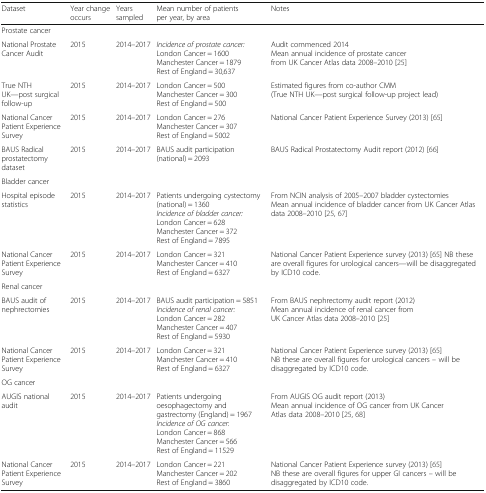
<table><thead><tr><td><b>Dataset</b></td><td><b>Year change occurs</b></td><td><b>Years sampled</b></td><td><b>Mean number of patients per year, by area</b></td><td><b>Notes</b></td></tr></thead><tbody><tr><td colspan="5">Prostate cancer</td></tr><tr><td>National Prostate Cancer Audit</td><td>2015</td><td>2014–2017</td><td><i>Incidence of prostate cancer:</i>London Cancer = 1600Manchester Cancer = 1879Rest of England = 30,637</td><td>Audit commenced 2014Mean annual incidence of prostate cancer from UK Cancer Atlas data 2008–2010 [25]</td></tr><tr><td>True NTH UK—post surgical follow-up</td><td>2015</td><td>2014–2017</td><td>London Cancer = 500Manchester Cancer = 300Rest of England = 500</td><td>Estimated figures from co-author CMM (True NTH UK—post surgical follow-up project lead)</td></tr><tr><td>National Cancer Patient Experience Survey</td><td>2015</td><td>2014–2017</td><td>London Cancer = 276Manchester Cancer = 307Rest of England = 5002</td><td>National Cancer Patient Experience Survey (2013) [65]</td></tr><tr><td>BAUS Radical prostatectomy dataset</td><td>2015</td><td>2014–2017</td><td>BAUS audit participation (national) = 2093</td><td>BAUS Radical Prostatectomy Audit report (2012) [66]</td></tr><tr><td colspan="5">Bladder cancer</td></tr><tr><td>Hospital episode statistics</td><td>2015</td><td>2014–2017</td><td>Patients undergoing cystectomy (national) = 1360<i>Incidence of bladder cancer:</i>London Cancer = 628Manchester Cancer = 372Rest of England = 7895</td><td>From NCIN analysis of 2005–2007 bladder cystectomiesMean annual incidence of bladder cancer from UK Cancer Atlas data 2008–2010 [25, 67]</td></tr><tr><td>National Cancer Patient Experience Survey</td><td>2015</td><td>2014–2017</td><td>London Cancer = 321Manchester Cancer = 410Rest of England = 6327</td><td>National Cancer Patient Experience survey (2013) [65] NB these are overall figures for urological cancers—will be disaggregated by ICD10 code.</td></tr><tr><td colspan="5">Renal cancer</td></tr><tr><td>BAUS audit of nephrectomies</td><td>2015</td><td>2014–2017</td><td>BAUS audit participation = 5851<i>Incidence of renal cancer:</i>London Cancer = 282Manchester Cancer = 407Rest of England = 5930</td><td>From BAUS nephrectomy audit report (2012)Mean annual incidence of renal cancer from UK Cancer Atlas data 2008–2010 [25]</td></tr><tr><td>National Cancer Patient Experience Survey</td><td>2015</td><td>2014–2017</td><td>London Cancer = 321Manchester Cancer = 410Rest of England = 6327</td><td>National Cancer Patient Experience survey (2013) [65]NB these are overall figures for urological cancers – will be disaggregated by ICD10 code.</td></tr><tr><td colspan="5">OG cancer</td></tr><tr><td>AUGIS national audit</td><td>2015</td><td>2014–2017</td><td>Patients undergoing oesophagectomy and gastrectomy (England) = 1967<i>Incidence of OG cancer</i>:London Cancer = 868Manchester Cancer = 566Rest of England = 11529</td><td>From AUGIS OG audit report (2013)Mean annual incidence of OG cancer from UK Cancer Atlas data 2008–2010 [25, 68]</td></tr><tr><td>National Cancer Patient Experience Survey</td><td>2015</td><td>2014–2017</td><td>London Cancer = 221Manchester Cancer = 202Rest of England = 3860</td><td>National Cancer Patient Experience survey (2013) [65]NB these are overall figures for upper GI cancers – will be disaggregated by ICD10 code.</td></tr></tbody></table>